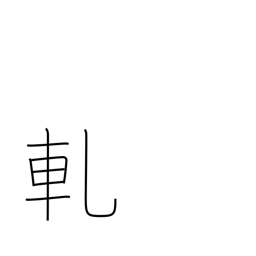
Meaning: creak